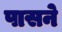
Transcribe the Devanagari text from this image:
पासने